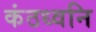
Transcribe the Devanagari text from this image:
कंठध्वनि